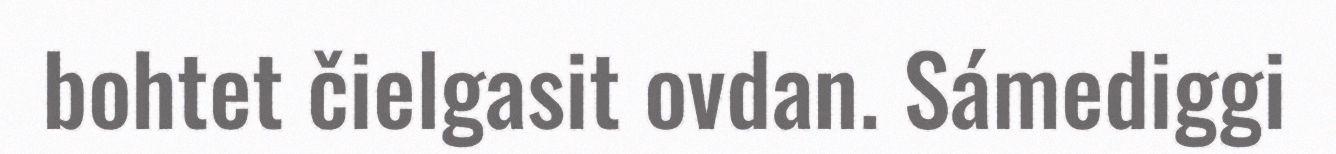
bohtet čielgasit ovdan. Sámediggi